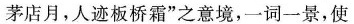
茅店月，人迹板桥霜”之意境，一词一景，使